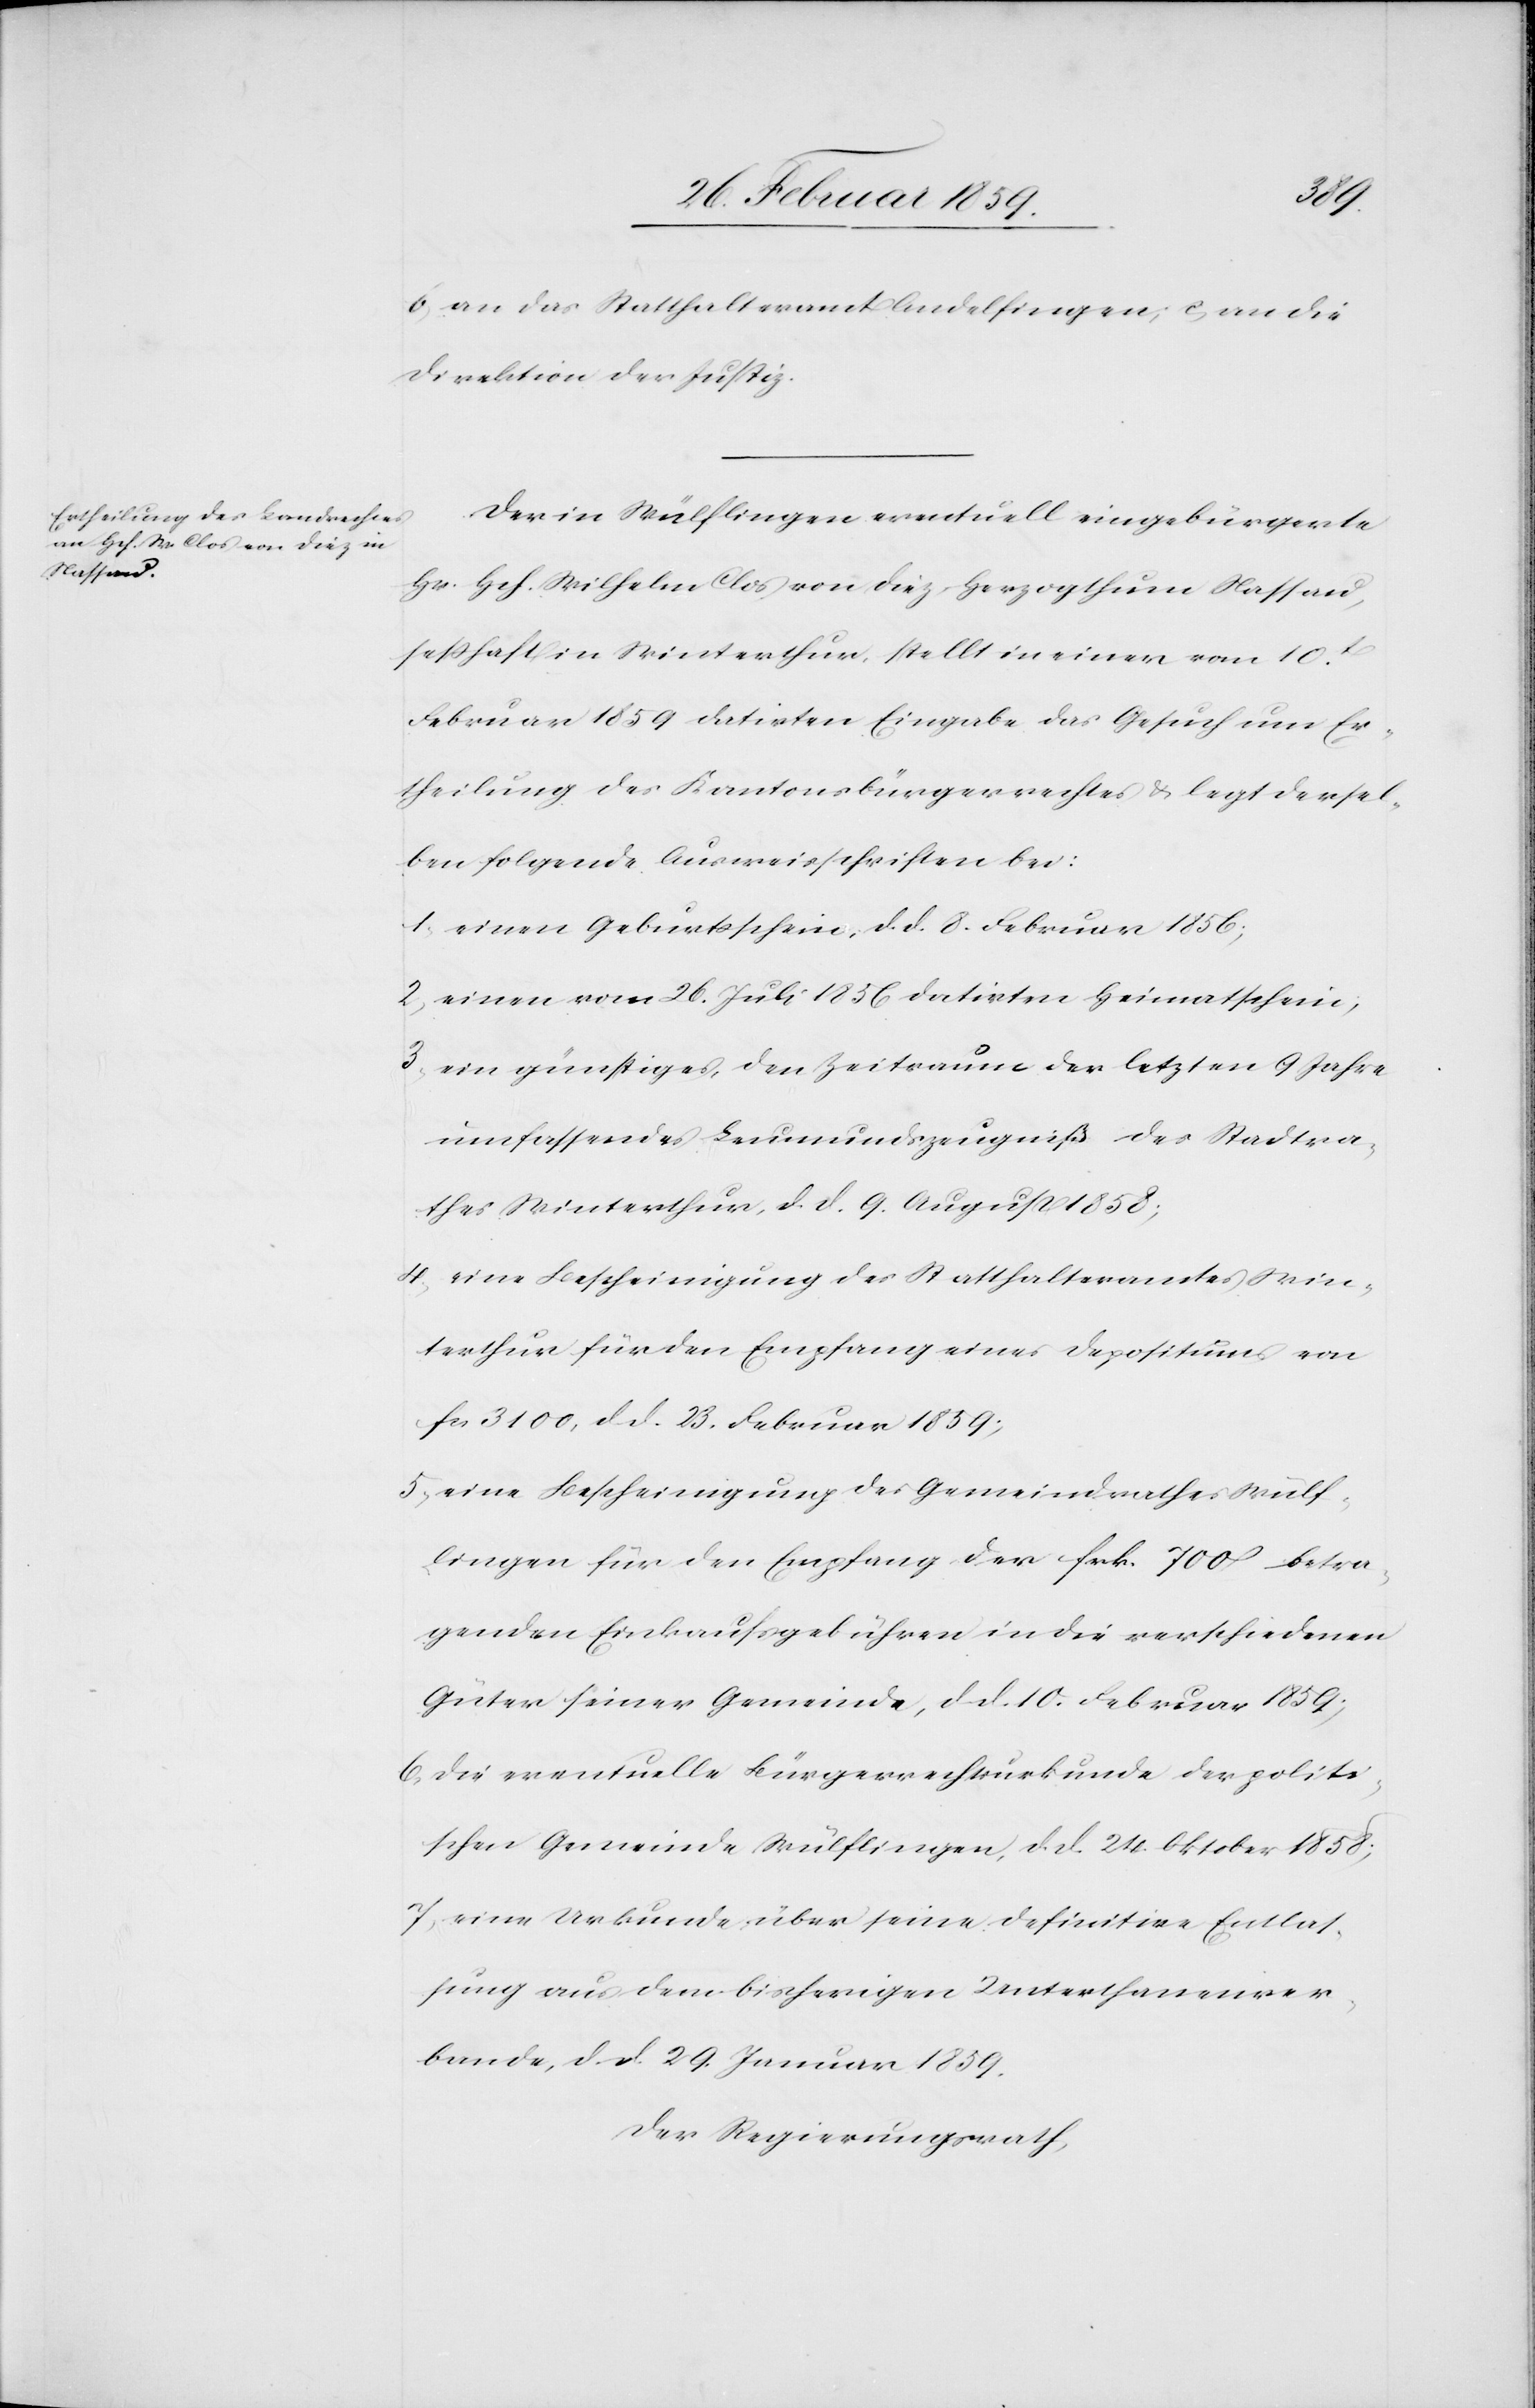
b, an das Statthalteramt Andelfingen; c, an die
Direktion der Justiz.
Der in Wülflingen eventuell eingebürgerte
Hr. Hch. Wilhelm Clos von Diez, Herzogthum Nassau,
seßhaft in Winterthur, stellt in einer vom 10t.
Februar 1859 datirten Eingabe das Gesuch um Er¬
theilung des Kantonsbürgerrechtes & legt dersel¬
ben folgende Ausweisschriften bei:
1) einen Geburtsschein, d. d. 8. Februar 1856;
2) einen vom 26. Juli 1856 datirten Heimatschein;
3) ein günstiges, den Zeitraume der letzten 9 Jahre
umfassendes Leumundszeugniß des Stadtra¬
thes Winterthur, d. d. 9. August 1858;
4) eine Bescheinigung des Statthalteramtes Win¬
terthur für den Empfang eines Depositums von
fcs 3100, d. d. 23. Februar 1859;
5) eine Bescheinigung des Gemeindrathes Wülf¬
lingen für den Empfang der Frk. 700 betra¬
genden Einkaufsgebühren in die verschiedenen
Güter seiner Gemeinde, d. d. 24. Oktober 1858;
6) die eventuelle Bürgerrechtsurkunde der politi¬
schen Gemeinde Wülflingen, d. d. 24. Oktober 1858;
7) eine Urkunde über seine definitive Entlas¬
sung aus dem bisherigen Unterthanenver¬
bande, d. d. 29. Januar 1859.
Der Regierungsrath,